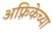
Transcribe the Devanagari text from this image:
अफ़्रिकेच्या